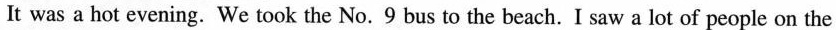
It was a hot evening. We took the No. 9 bus to the beach. I saw a lot of people on the